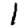
Digit: 1